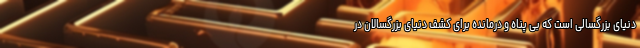
دنیای بزرگسالی است که بی پناه و درمانده برای کشف دنیای بزرگسالان در